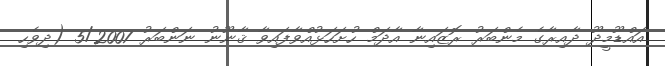
އައްޑޫމީދޫ ދާއިރާގެ މެންބަރު ރޮޒައިނާ އާދަމް ހުށަހަޅުއްވާފައިވާ ޤާނޫނު ނަންބަރު 5/2007 (ދިވެހި